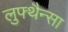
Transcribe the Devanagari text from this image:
लुफ्थैन्सा